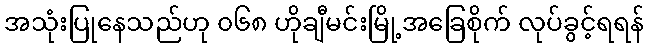
အသုံးပြုနေသည်ဟု ၀၆၈ ဟိုချီမင်းမြို့အခြေစိုက် လုပ်ခွင့်ရရန်